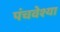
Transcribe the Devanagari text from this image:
पंचवेश्या